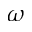
\omega